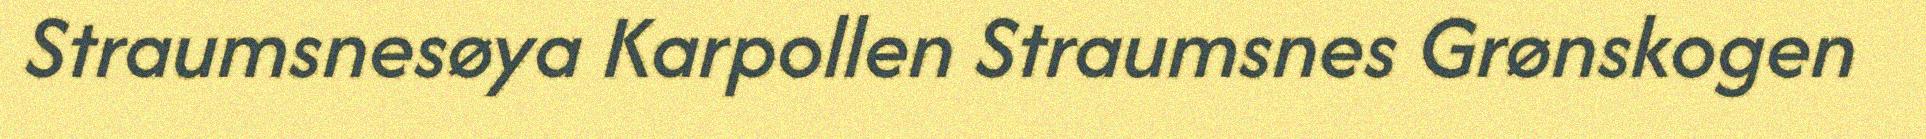
Straumsnesøya Karpollen Straumsnes Grønskogen